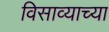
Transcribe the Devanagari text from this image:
विसाव्याच्या